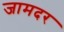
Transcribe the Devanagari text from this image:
जामदर